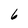
Character: 6